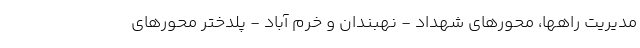
مدیریت راهها، محورهای شهداد - نهبندان و خرم آباد - پلدختر محورهای